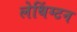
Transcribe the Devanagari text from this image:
लेथिंग्टन